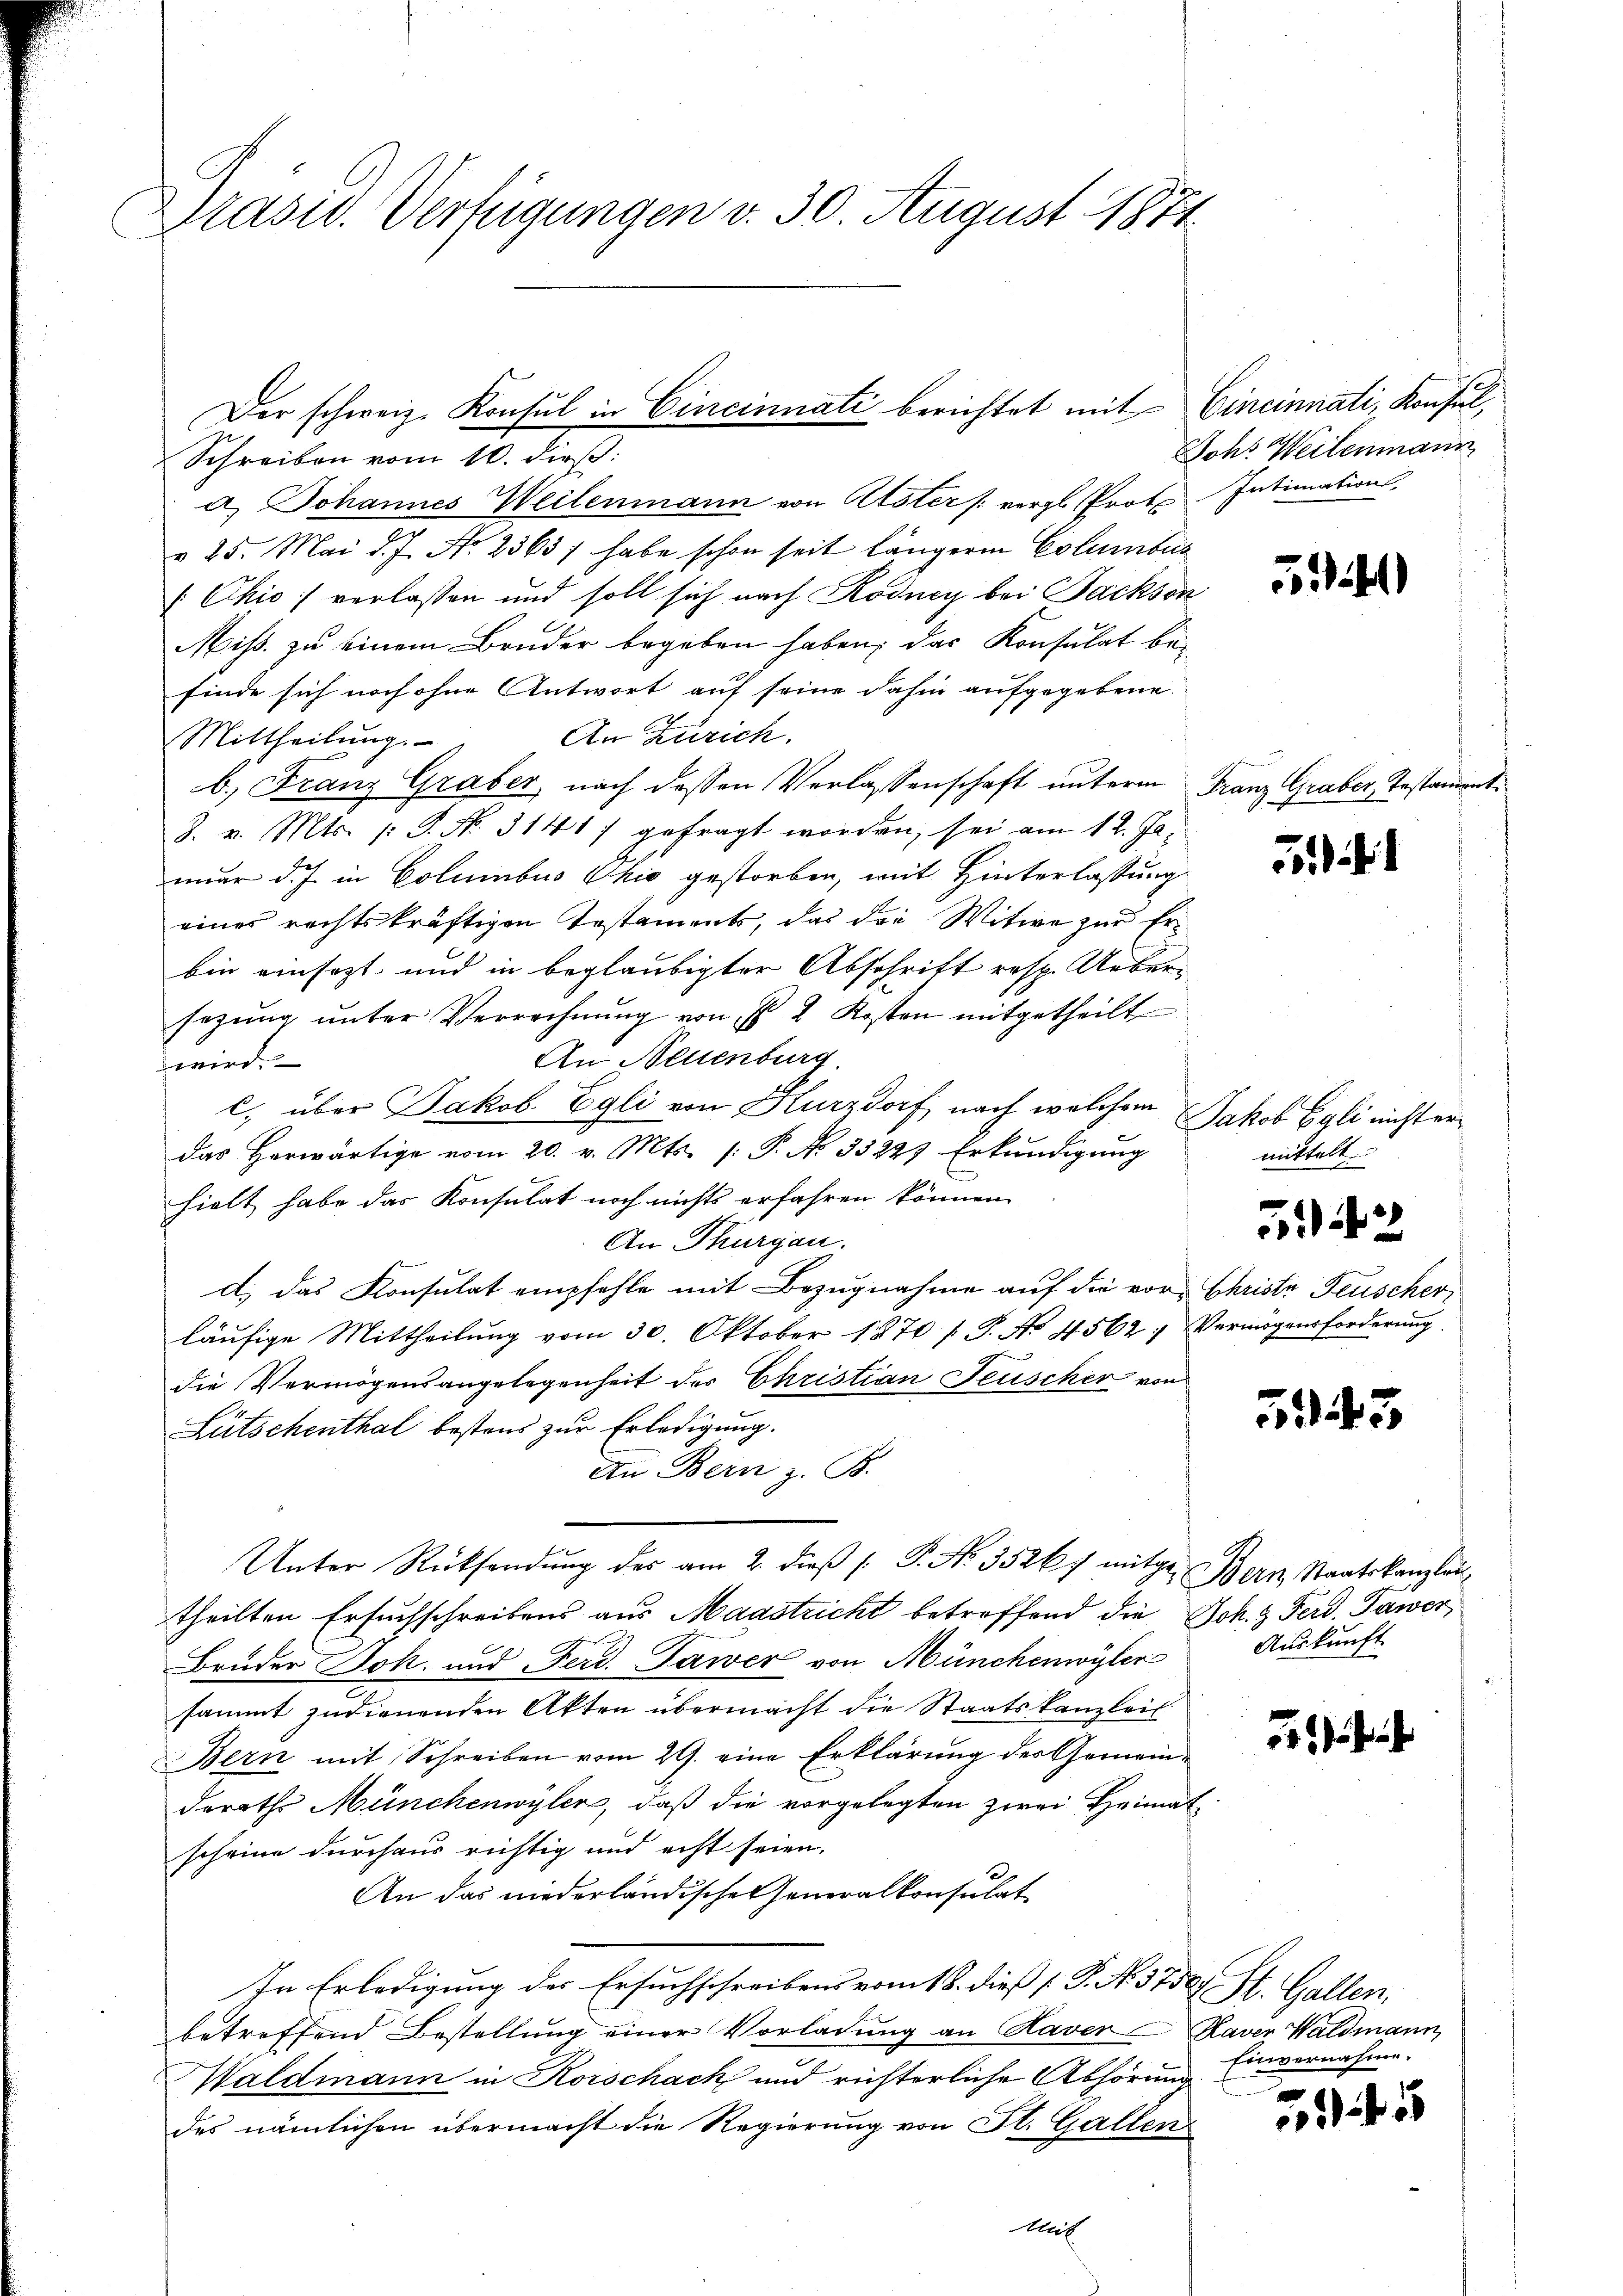
Drasw. Verfügungen v. 30. August 1871.

Schreiben vom 10. dieß:
a) Johannes Weilenmann von Aster (vergl. Prote Intimation,
v 25. Mai d. J. No. 23637 habe schon seit längeren Columbus
Chio] verlassen und soll sich nach Kodney bei Jackson
Miß. zu einem Bruder begeben haben, das Konsulat be-
finde sich noch ohne Antwort auf seine dahin aufgegebene
An Zürich.
Mittheilung.
b.) Franz Graber, nach dessen Verlassenschaft unterm Franz Graber, Testament¬
8. v. Mts. (: P. Nr. 31417 gefragt worden, sei am 12. Jamnur d.J. in Columbus Ohio gestorben, mit Hinterlassung
eines rechtskräftigen Testaments, das die Witwe zur Erbin einsezt und in beglaubigter Abschrift resp. Uebersezung unter Verrechnung von P. 2 Kosten mitgetheilt
An Neuenburg
wird.
c) über Jakob Egli von Kurzdorf nach welchem
das Herwärtige vom 20. v. Mts. [: P. No. 3322) Erkundigung
hielt habe das Konsulat noch nichts erfahren können.
An Thurgau.
d) das Konsulat empfehle mit Bezugnahme auf die vor Christe Feuscher,
läŭfige Mittheilŭng vom 30. Oktober 1870 s. S. No 4562: Vermögensforderŭng
die Vermögensangelegenheit der Christian Feuscher von
Lütschenthal bestens zur Erledigung.
An Bern z. B.
Unter Rücksendŭng des am 2. dieβ (: P. Nr. 35267 mitge- Bern, Staatskanzler
theilten Ersuchschreibens aus Maastricht betreffend die Joh. & Ferd. Tawer
Bruder Joh. und Ferd. Tawer von Münchenwyler
sammt zudienenden Akten übermacht die Staatskanzleit
Bern mit Schreiben vom 29. eine Erklärung des Gemeinderaths Münchenwyler, daß die vorgelegten zwei Heimat
scheine durchaus richtig und echt seien.
An das niederländische Generalkonsulat
In Erledigung des Ersuchschreibens vom 18. dieß [ P. No. 375
betreffend Bestellung einer Vorladung an Haver
Waldmann in Korschack und richterliche Abhörung
des nämlichen übermacht die Regierung von St. Gallen
Aul

Der schweiz. Konsul in Cincinnati berichtet mit Cincinnati, Konsul,

Johs. Weilenmann

d

542

Jakob Egli nicht ermittelt.

513

Auskunft

d St. Gallen.
Kaver Waldmann
Einvernahme.

e